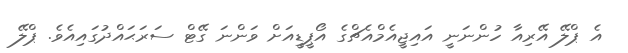
އެ ޕްލޭ އޭރިއާ ހުންނަނީ އައިޖީއެމްއެޗްގެ އޯޕީޑީއަށް ވަންނަ ގޭޓް ސަރަޙައްދުގައިއެވެ. ޕްލޭ